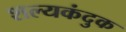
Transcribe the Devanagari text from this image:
शल्यकंदुक